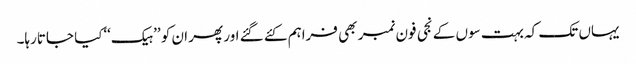
یہاں تک کہ بہت سوں کے نجی فون نمبر بھی فراہم کئے گئے اور پھر ان کو ’’ہیک‘‘کیا جاتارہا۔